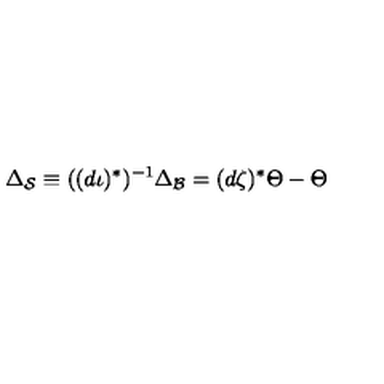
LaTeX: \Delta _ { \mathcal { S } } \equiv ( ( d \iota ) ^ { \ast } ) ^ { - 1 } \Delta _ { \mathcal { B } } = ( d \zeta ) ^ { \ast } \Theta - \Theta